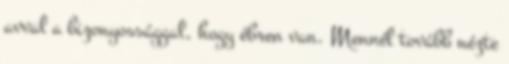
avval a bizonyossággal, hogy ébren van. Mennél tovább nézte